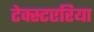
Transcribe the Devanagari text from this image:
टेक्स्टएरिया